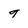
Character: g